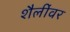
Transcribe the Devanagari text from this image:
शैलींवर